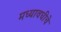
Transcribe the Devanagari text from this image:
मध्यावधीचे